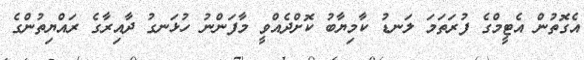
އެގޮތުން އެޓީމްގެ ފުރަތަމަ ލަނޑު ކާމިޔާބު ކޮށްދެއްވީ މާފަންނު ހުޅަނގު ދާއިރާގެ ރައްޔިތުންގެ